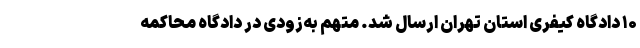
۱۰ دادگاه کیفری استان تهران ارسال شد. متهم به‌زودی در دادگاه محاکمه